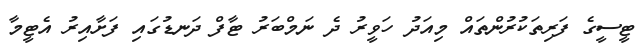
ޓީސީގެ ފަރިތަކުރުންތައް މިއަދު ހަވީރު ދެ ނަމްބަރު ޓާފް ދަނޑުގައި ފަށާއިރު އެޓީމާ